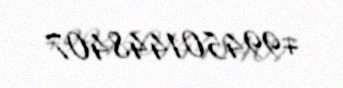
+994501448407